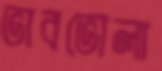
ভাবভোলা